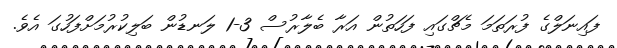
ފައިނަލްގެ ފުރަތަމަ މެޗްގައި ފަހަތުން އަރާ ބެލާރުސް 3-1 ލަނޑުން ބަލިކުރުމަށްފަހުގަ އެވެ.